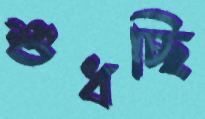
শুধচ্ছি